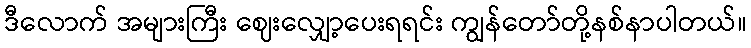
ဒီလောက် အများကြီး ဈေးလျှော့ပေးရရင်း ကျွန်တော်တို့နစ်နာပါတယ်။